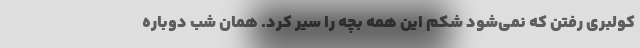
كولبري رفتن كه نمي‌شود شكم اين همه بچه را سير كرد. همان شب دوباره